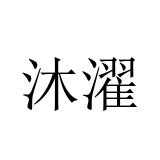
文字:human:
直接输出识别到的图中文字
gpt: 沐濯